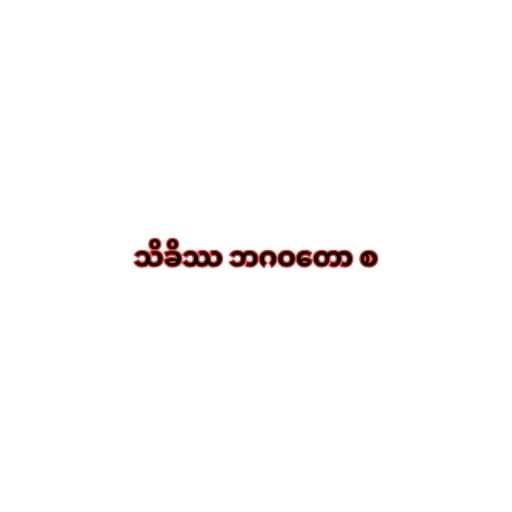
သိခိဿ ဘဂဝတော စ